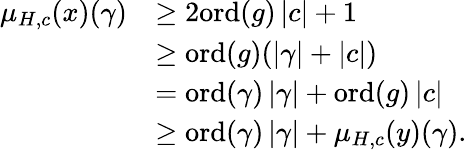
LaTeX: \begin{array}{rl}{\mu_{H,c}(x)(\gamma)}&{\geq 2\mathrm{ord}(g)\left|c\right|+1}\\ &{\geq\mathrm{ord}(g)(\left|\gamma\right|+\left|c\right|)}\\ &{=\mathrm{ord}(\gamma)\left|\gamma\right|+\mathrm{ord}(g)\left|c\right|}\\ &{\geq\mathrm{ord}(\gamma)\left|\gamma\right|+\mu_{H,c}(y)(\gamma).}\end{array}